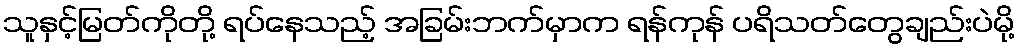
သူနှင့်မြတ်ကိုတို့ ရပ်နေသည့် အခြမ်းဘက်မှာက ရန်ကုန် ပရိသတ်တွေချည်းပဲမို့